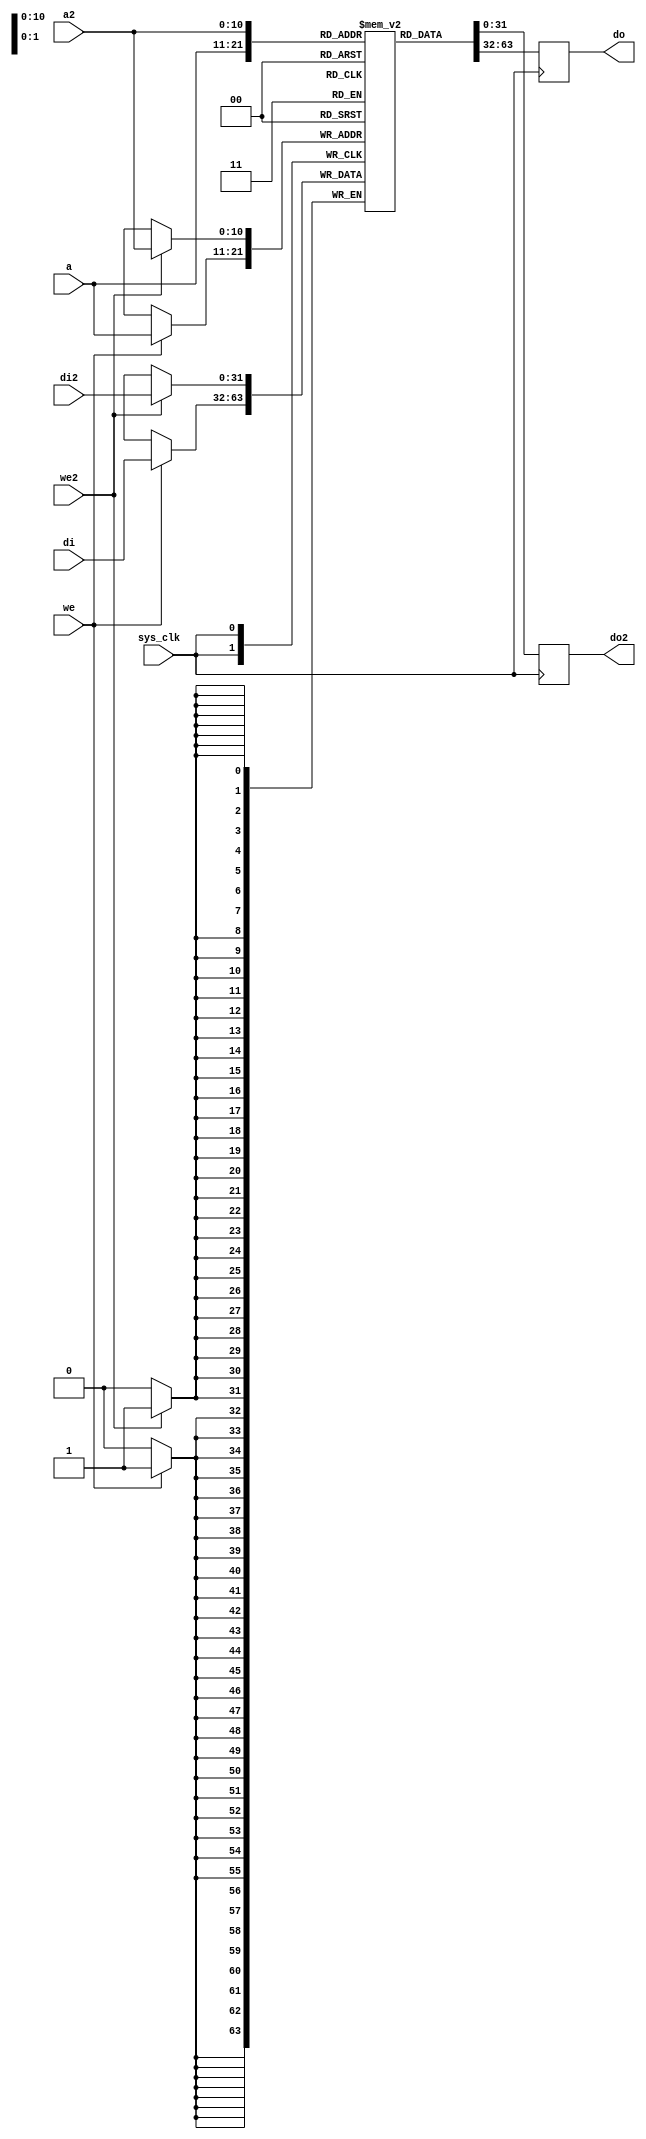
module tmu2_dpram #(
	parameter depth = 11, /* < log2 of the capacity in words */
	parameter width = 32
) (
	input sys_clk,

	input [depth-1:0] a,
	input we,
	input [width-1:0] di,
	output reg [width-1:0] do,

	input [depth-1:0] a2,
	input we2,
	input [width-1:0] di2,
	output reg [width-1:0] do2
);

reg [width-1:0] ram[0:(1 << depth)-1];

always @(posedge sys_clk) begin
	if(we)
		ram[a] <= di;
	do <= ram[a];
end

always @(posedge sys_clk) begin
	if(we2)
		ram[a2] <= di2;
	do2 <= ram[a2];
end

// synthesis translate_off

/*
 * For some reason, in Verilog the result of an undefined multiplied by zero
 * seems to be undefined.
 * This causes problems with pixels that texcache won't fetch because some fractional
 * parts are zero: the blend unit yields an undefined result on those, instead of ignoring
 * the contribution of the undefined pixel.
 * Work around this by initializing the memories.
 */

integer i;
initial begin
	for(i=0;i<(1 << depth);i=i+1)
		ram[i] = 0;
end

// synthesis translate_on

endmodule